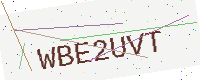
Text: WBE2UVT